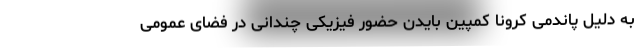
به دلیل پاندمی کرونا کمپین بایدن حضور فیزیکی چندانی در فضای عمومی